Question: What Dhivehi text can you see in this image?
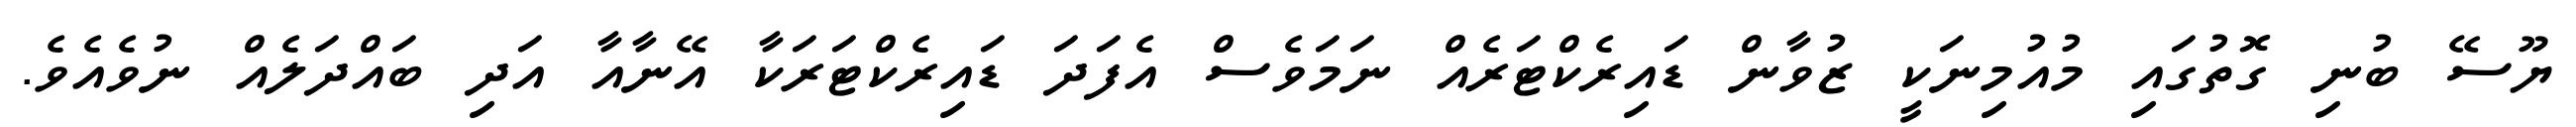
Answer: ޔޫސޭ ބުނި ގޮތުގައި މުއުމިނަކީ ޒުވާން ޑައިރެކްޓަރެއް ނަމަވެސް އެފަދަ ޑައިރެކްޓަރަކާ އޭނާއާ އަދި ބައްދަލެއް ނުވެއެވެ.